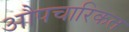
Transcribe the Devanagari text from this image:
औपचारिकत